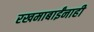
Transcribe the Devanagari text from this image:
रखमाबाईंनाही